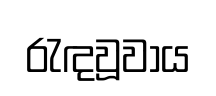
රැඳවූවාය